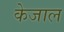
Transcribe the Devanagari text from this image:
केजाल